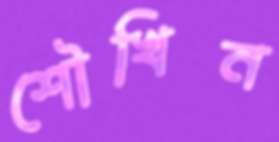
শৌখিন